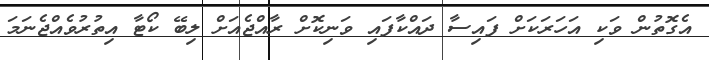
އެގޮތުން ވަކި އަހަރަކަށް ފައިސާ ދައްކާފައި ވަނިކޮށް ރާއްޖެއަށް ލިބޭ ކޯޓާ އިތުރުވެއްޖެނަމަ